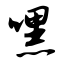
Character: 嘿